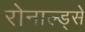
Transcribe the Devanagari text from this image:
रोनाल्ड्से